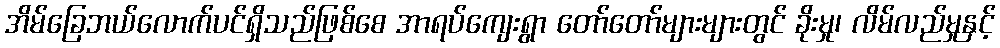
အိမ်ခြေဘယ်လောက်ပင်ရှိသည်ဖြစ်စေ အာရပ်ကျေးရွာ တော်တော်များများတွင် ခိုးမှု၊ လိမ်လည်မှုနှင့်